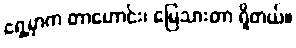
ရှေ့မှာက တာဟောင်း၊ မြေသားတာ ရှိတယ်။